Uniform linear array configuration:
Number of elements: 48
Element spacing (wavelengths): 0.25
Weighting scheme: blackman
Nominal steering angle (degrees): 45
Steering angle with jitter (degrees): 45.337
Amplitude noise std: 0.05
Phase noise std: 0.05

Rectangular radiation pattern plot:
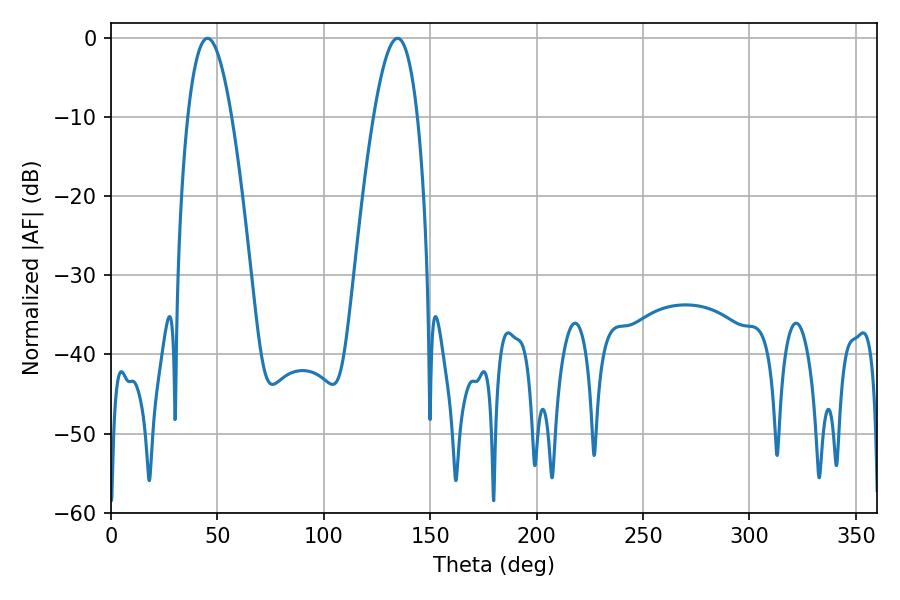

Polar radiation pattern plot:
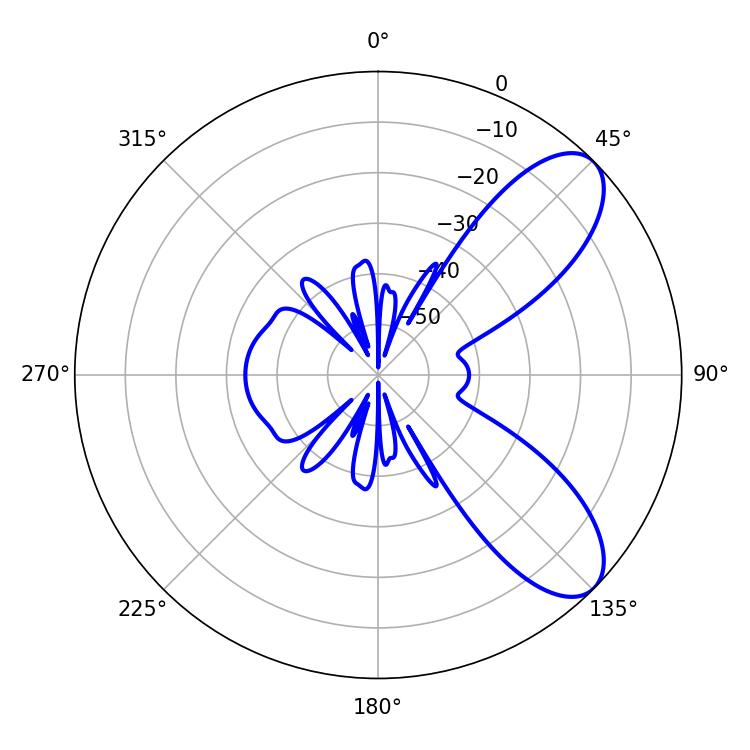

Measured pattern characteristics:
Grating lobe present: FALSE
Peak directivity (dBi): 8.186
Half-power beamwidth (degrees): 11.34
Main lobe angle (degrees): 45.36